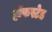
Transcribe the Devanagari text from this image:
हॉफस्टेड